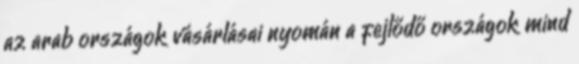
az arab országok vásárlásai nyomán a fejlődő országok mind